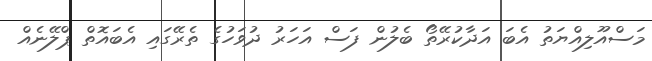
މަސްއޫލިއްޔަތު އެބަ އަދާކުރޭތޯ ބެލުން ފަސް އަހަރު ދުވަހުގެ ތެރޭގައި އެބައޮތް ޕްލޭނެއް